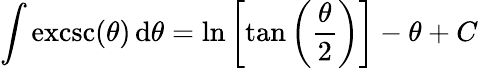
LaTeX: \int\operatorname{excsc}(\theta)\, \mathrm{d}\theta=\ln\left[\tan\left({\frac{\theta}{2}}\right)\right]-\theta+C